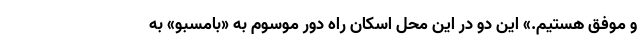
و موفق هستیم.» این دو در این محل اسکان راه دور موسوم به «بامسبو» به